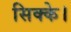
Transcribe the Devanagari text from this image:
सिक्के।